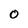
Character: 0